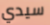
سيدي